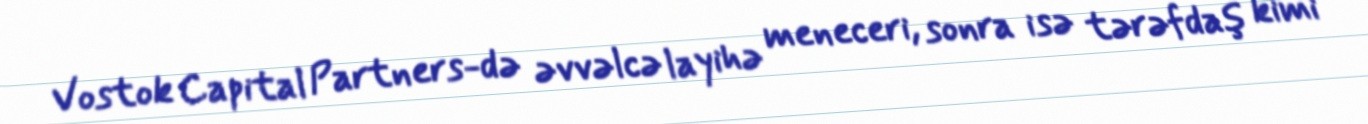
Vostok Capital Partners-də əvvəlcə layihə meneceri, sonra isə tərəfdaş kimi